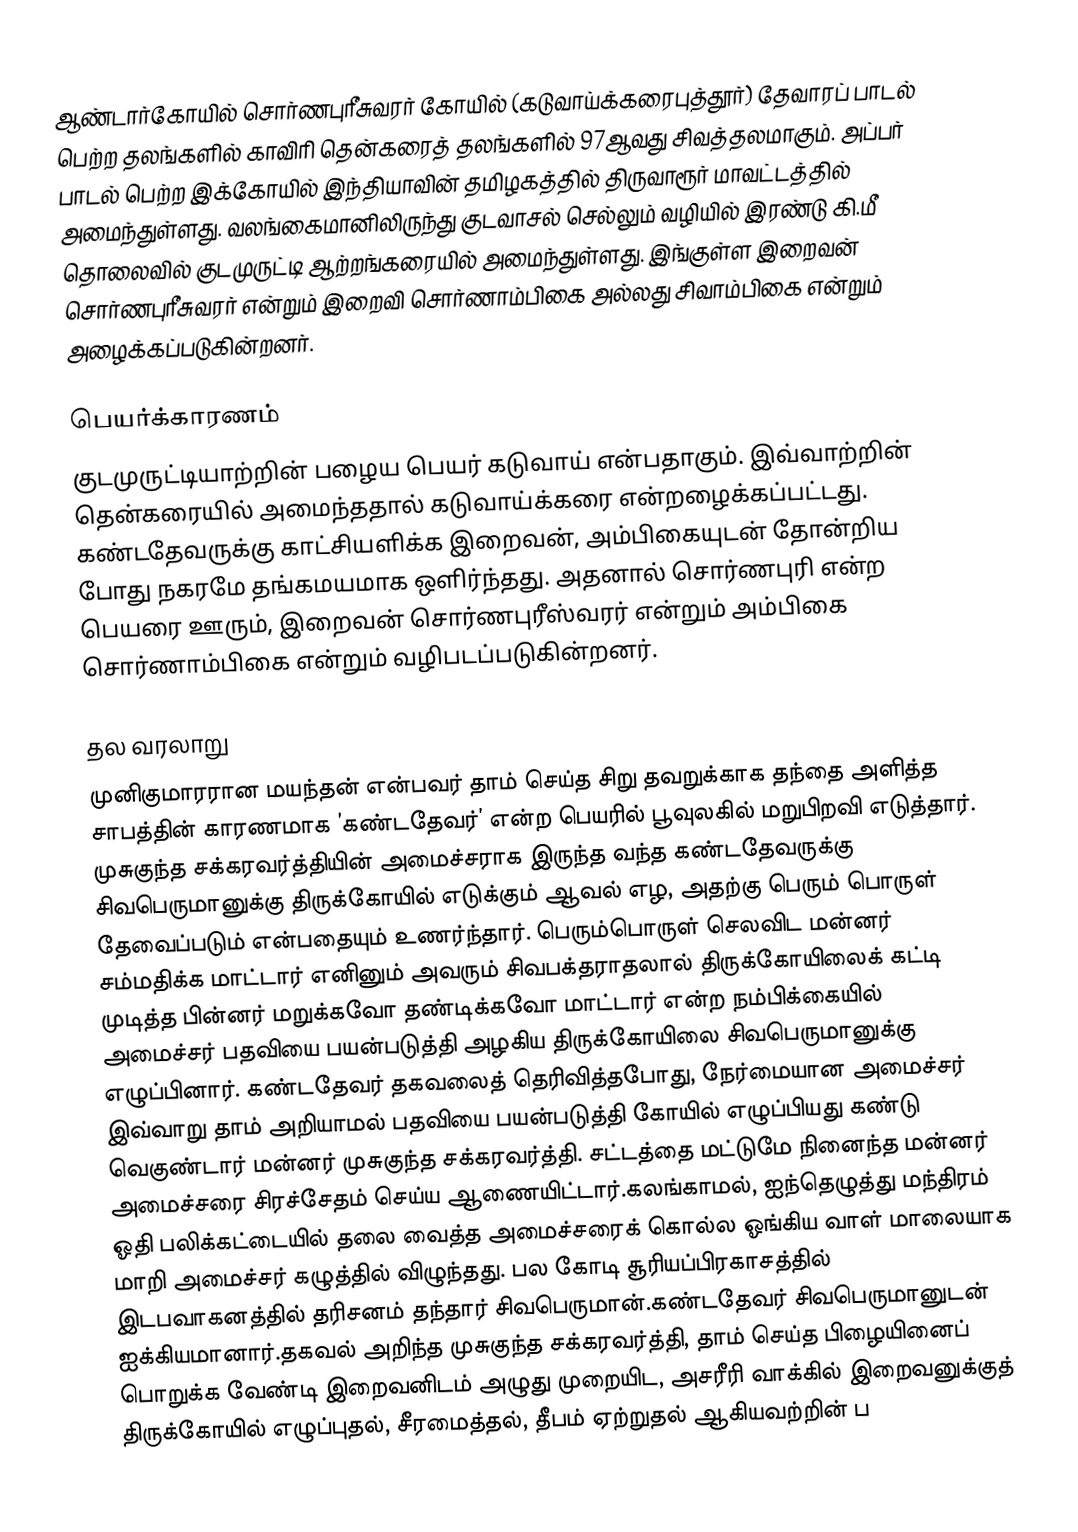
ஆண்டார்கோயில் சொர்ணபுரீசுவரர் கோயில் (கடுவாய்க்கரைபுத்தூர்) தேவாரப் பாடல் பெற்ற தலங்களில் காவிரி தென்கரைத் தலங்களில் 97ஆவது சிவத்தலமாகும்.  அப்பர் பாடல் பெற்ற இக்கோயில் இந்தியாவின் தமிழகத்தில் திருவாரூர் மாவட்டத்தில் அமைந்துள்ளது. வலங்கைமானிலிருந்து குடவாசல் செல்லும் வழியில் இரண்டு கி.மீ தொலைவில் குடமுருட்டி ஆற்றங்கரையில் அமைந்துள்ளது. இங்குள்ள இறைவன் சொர்ணபுரீசுவரர் என்றும் இறைவி சொர்ணாம்பிகை அல்லது சிவாம்பிகை என்றும் அழைக்கப்படுகின்றனர்.

பெயர்க்காரணம்
குடமுருட்டியாற்றின் பழைய பெயர் கடுவாய் என்பதாகும். இவ்வாற்றின் தென்கரையில் அமைந்ததால் கடுவாய்க்கரை என்றழைக்கப்பட்டது. கண்டதேவருக்கு காட்சியளிக்க இறைவன், அம்பிகையுடன் தோன்றிய போது நகரமே தங்கமயமாக ஒளிர்ந்தது. அதனால் சொர்ணபுரி என்ற பெயரை ஊரும், இறைவன் சொர்ணபுரீஸ்வரர் என்றும் அம்பிகை சொர்ணாம்பிகை என்றும் வழிபடப்படுகின்றனர்.

தல வரலாறு
முனிகுமாரரான மயந்தன் என்பவர் தாம் செய்த சிறு தவறுக்காக தந்தை அளித்த சாபத்தின் காரணமாக ’கண்டதேவர்’ என்ற பெயரில் பூவுலகில் மறுபிறவி எடுத்தார். முசுகுந்த சக்கரவர்த்தியின் அமைச்சராக இருந்த வந்த கண்டதேவருக்கு சிவபெருமானுக்கு திருக்கோயில் எடுக்கும் ஆவல் எழ, அதற்கு பெரும் பொருள் தேவைப்படும் என்பதையும் உணர்ந்தார். பெரும்பொருள் செலவிட மன்னர் சம்மதிக்க மாட்டார் எனினும் அவரும் சிவபக்தராதலால் திருக்கோயிலைக் கட்டி முடித்த பின்னர் மறுக்கவோ தண்டிக்கவோ மாட்டார் என்ற நம்பிக்கையில் அமைச்சர் பதவியை பயன்படுத்தி அழகிய திருக்கோயிலை சிவபெருமானுக்கு எழுப்பினார். கண்டதேவர் தகவலைத் தெரிவித்தபோது, நேர்மையான அமைச்சர் இவ்வாறு தாம் அறியாமல் பதவியை பயன்படுத்தி கோயில் எழுப்பியது கண்டு வெகுண்டார் மன்னர் முசுகுந்த சக்கரவர்த்தி. சட்டத்தை மட்டுமே நினைந்த மன்னர் அமைச்சரை சிரச்சேதம் செய்ய ஆணையிட்டார்.கலங்காமல், ஐந்தெழுத்து மந்திரம் ஓதி பலிக்கட்டையில் தலை வைத்த அமைச்சரைக் கொல்ல ஓங்கிய வாள் மாலையாக மாறி அமைச்சர் கழுத்தில் விழுந்தது. பல கோடி சூரியப்பிரகாசத்தில் இடபவாகனத்தில் தரிசனம் தந்தார் சிவபெருமான்.கண்டதேவர் சிவபெருமானுடன் ஐக்கியமானார்.தகவல் அறிந்த முசுகுந்த சக்கரவர்த்தி, தாம் செய்த பிழையினைப் பொறுக்க வேண்டி இறைவனிடம் அழுது முறையிட, அசரீரி வாக்கில் இறைவனுக்குத் திருக்கோயில் எழுப்புதல், சீரமைத்தல், தீபம் ஏற்றுதல் ஆகியவற்றின் ப